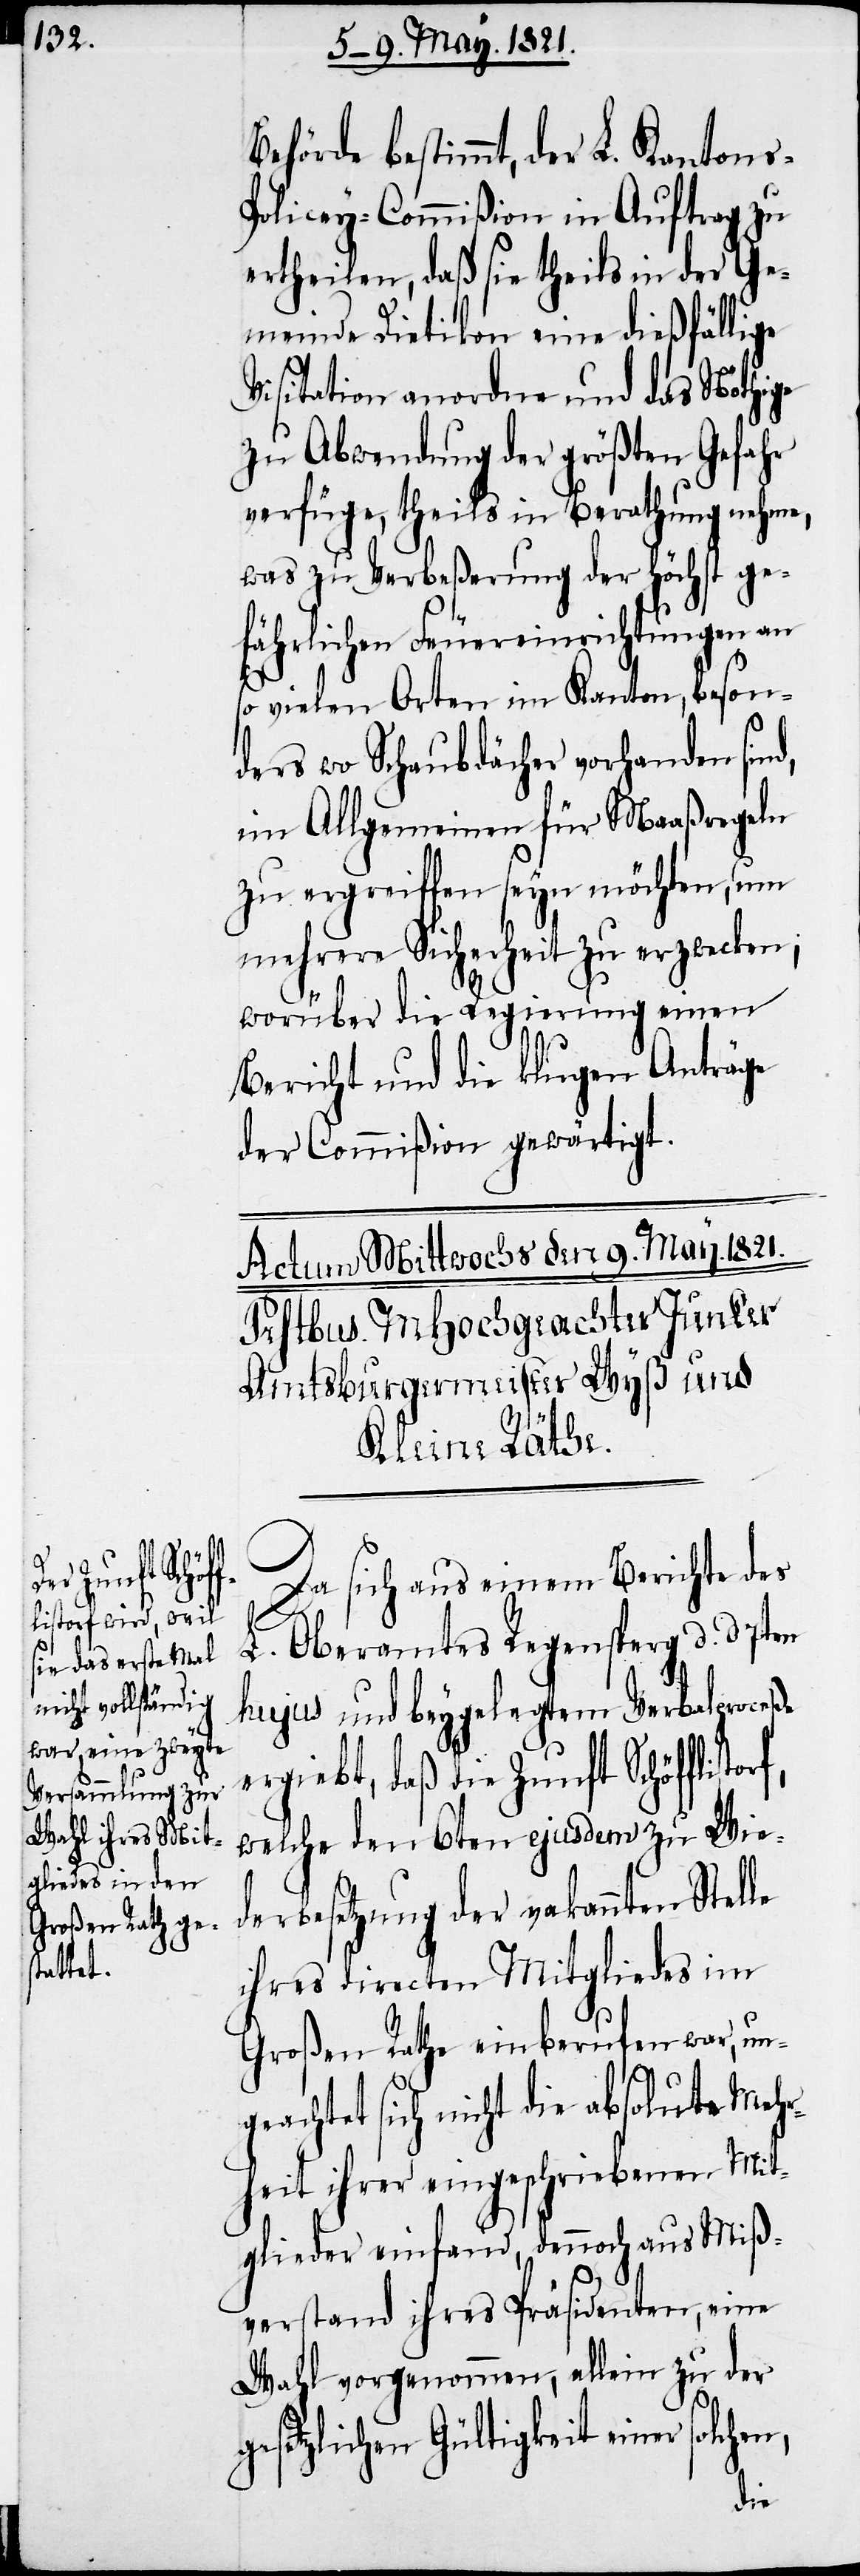
Behörde bestimmt, der L. Kantons-P¬
olicey-Commißion in Auftrag zu
ertheilen, daß sie theils in der Ge¬
meinde Dietikon eine dießfällige
Visitation anordne und das Nöthige
zu Abwendung der größten Gefahr
verfüge, theils in Berathung nehme,
was zu Verbeßerung der höchst ge¬
fährlichen Feuereinrichtungen an
so vielen Orten im Kanton, beson¬
ders wo Schaubdächer vorhanden sind,
im Allgemeinen für Maaßregeln
zu ergreiffen seyn möchten, um
mehrere Sicherheit zu erzwecken;
worüber die Regierung einen
Bericht und die klugen Anträge
der Commißion gewärtigt.